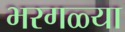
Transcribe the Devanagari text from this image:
भरगळ्या